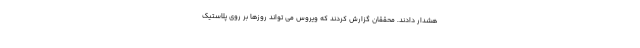
هشدار دادند. محققان گزارش کردند که ویروس می تواند روزها بر روی پلاستیک